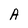
Character: A